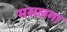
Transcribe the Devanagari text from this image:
मसलगा